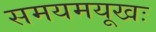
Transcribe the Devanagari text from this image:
समयमयूखः